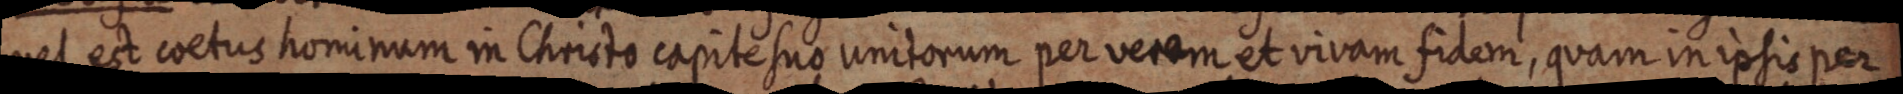
vel est coetus hominum in Christo capitesuo unitorum per verem et vivam fidem, quam ipsis per